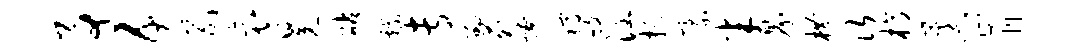
事五易哀冕砧戏专劭苑燎稿毁涵扬豪半界横次槁藁肯